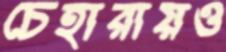
চেহারায়ও